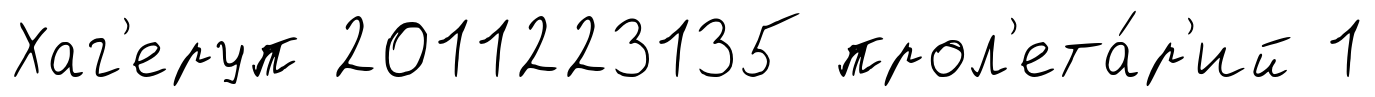
Хаг'еруп 2011223135 прол'ета́р'ий 1